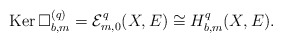
\begin{align*} \mathrm{Ker\,}\Box^{(q)}_{b,m}=\mathcal{E}^q_{m,0}(X,E)\cong H^q_{b,m}(X,E).\end{align*}